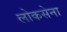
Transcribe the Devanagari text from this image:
लोकसेना